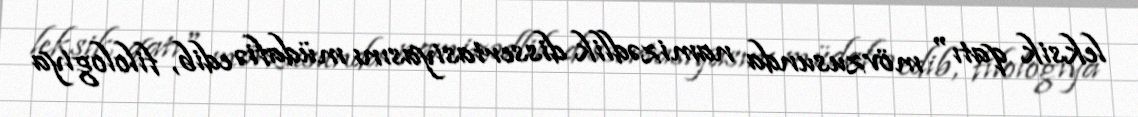
leksik qatı" mövzusunda namizədlik dissertasiyasını müdafiə edib, filologiya